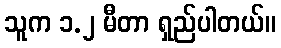
သူက ၁.၂ မီတာ ရှည်ပါတယ်။